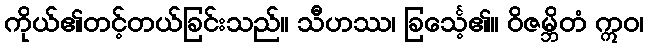
ကိုယ်၏တင့်တယ်ခြင်းသည်။ သီဟဿ၊ ခြင်္သေ့၏။ ဝိဇမ္ဘိတံ ဣဝ၊